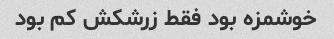
خوشمزه بود فقط زرشکش کم بود